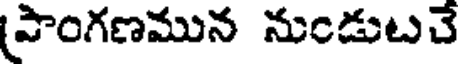
(పాంగణమున నుండుటచే